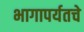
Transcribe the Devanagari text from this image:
भागापर्यतचे